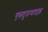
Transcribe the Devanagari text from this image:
एकदुसर्‍यबद्दल